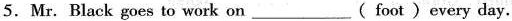
5. Mr. Black goes to work on___( foot )every day.